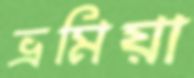
ভ্রমিয়া